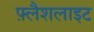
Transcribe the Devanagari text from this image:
फ़्लैशलाइट